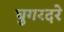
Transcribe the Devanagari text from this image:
घुगरदरे